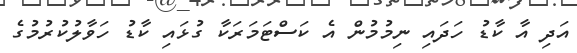
އަދި އާ ކާޑު ހަދައި ނިމުމުން އެ ކަސްޓަމަރަކާ ގުޅައި ކާޑު ހަވާލުކުރުމުގެ